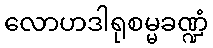
လောဟဒါရုစမ္မခဏ္ဍံ